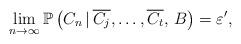
LaTeX: \begin{align*}\lim_{n\to\infty} {\mathbb P}\left( C_n\,|\,\overline{C_j},\ldots,\overline{C_t},\,B\right)=\varepsilon',\end{align*}